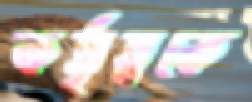
কর্তৃত্বকে